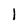
Character: 1